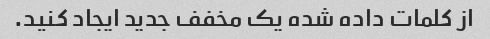
از کلمات داده شده یک مخفف جدید ایجاد کنید.